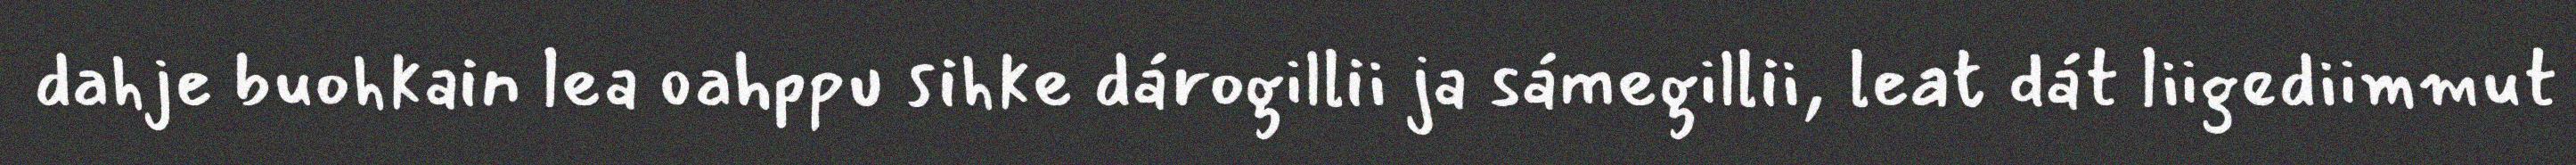
dahje buohkain lea oahppu sihke dárogillii ja sámegillii, leat dát liigediimmut